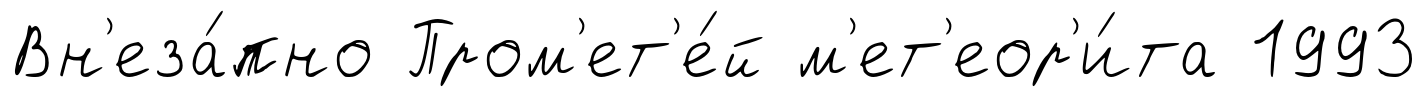
Вн'еза́пно Пром'ет'е́й м'ет'еор'и́та 1993